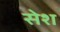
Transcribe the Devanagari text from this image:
सेश